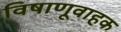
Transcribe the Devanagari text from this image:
विषाणूवाहक